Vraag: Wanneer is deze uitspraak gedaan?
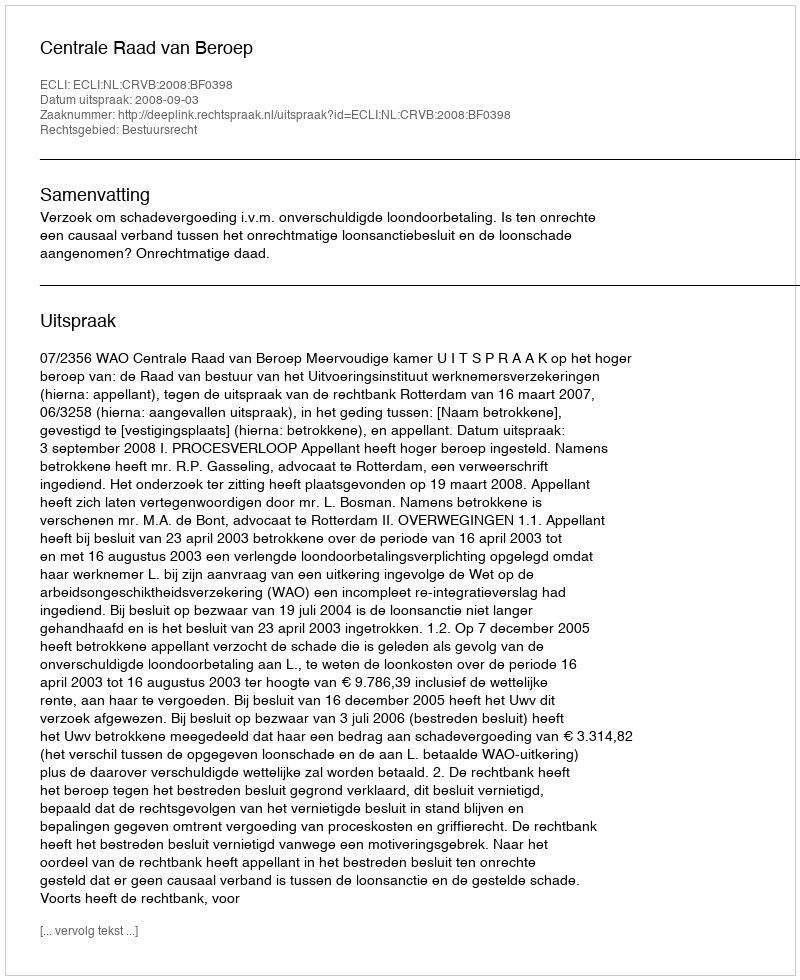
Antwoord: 2008-09-03